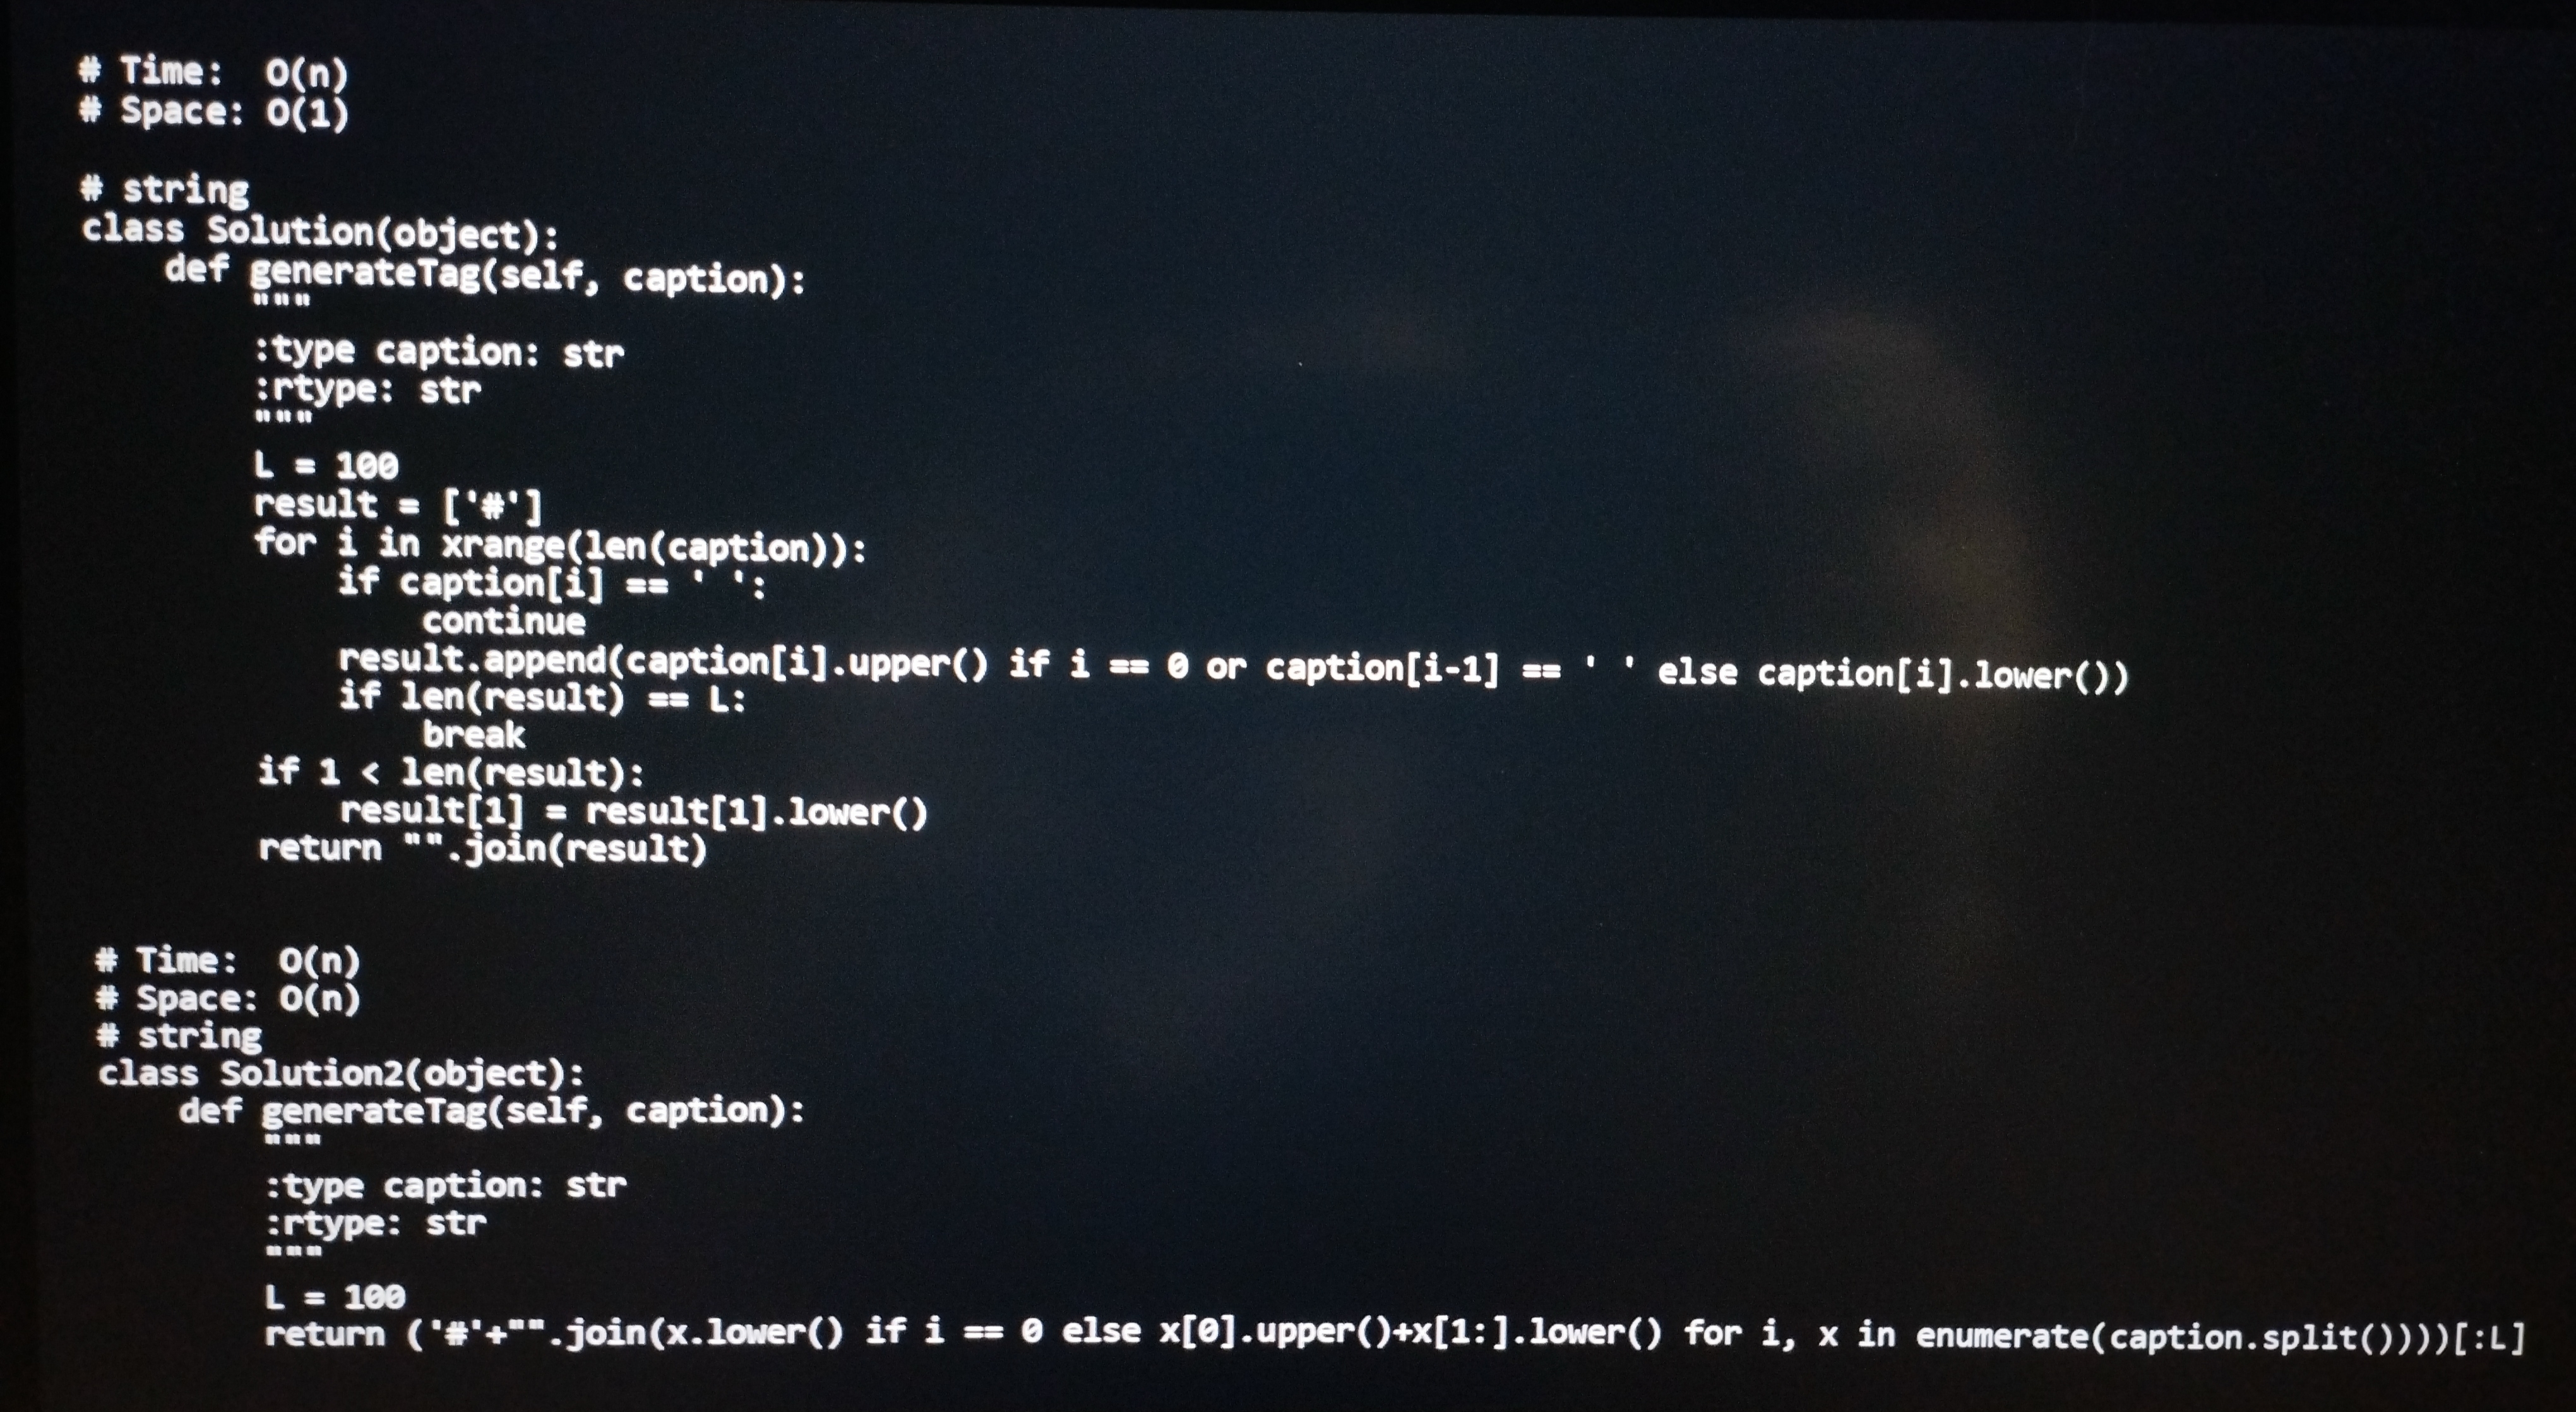
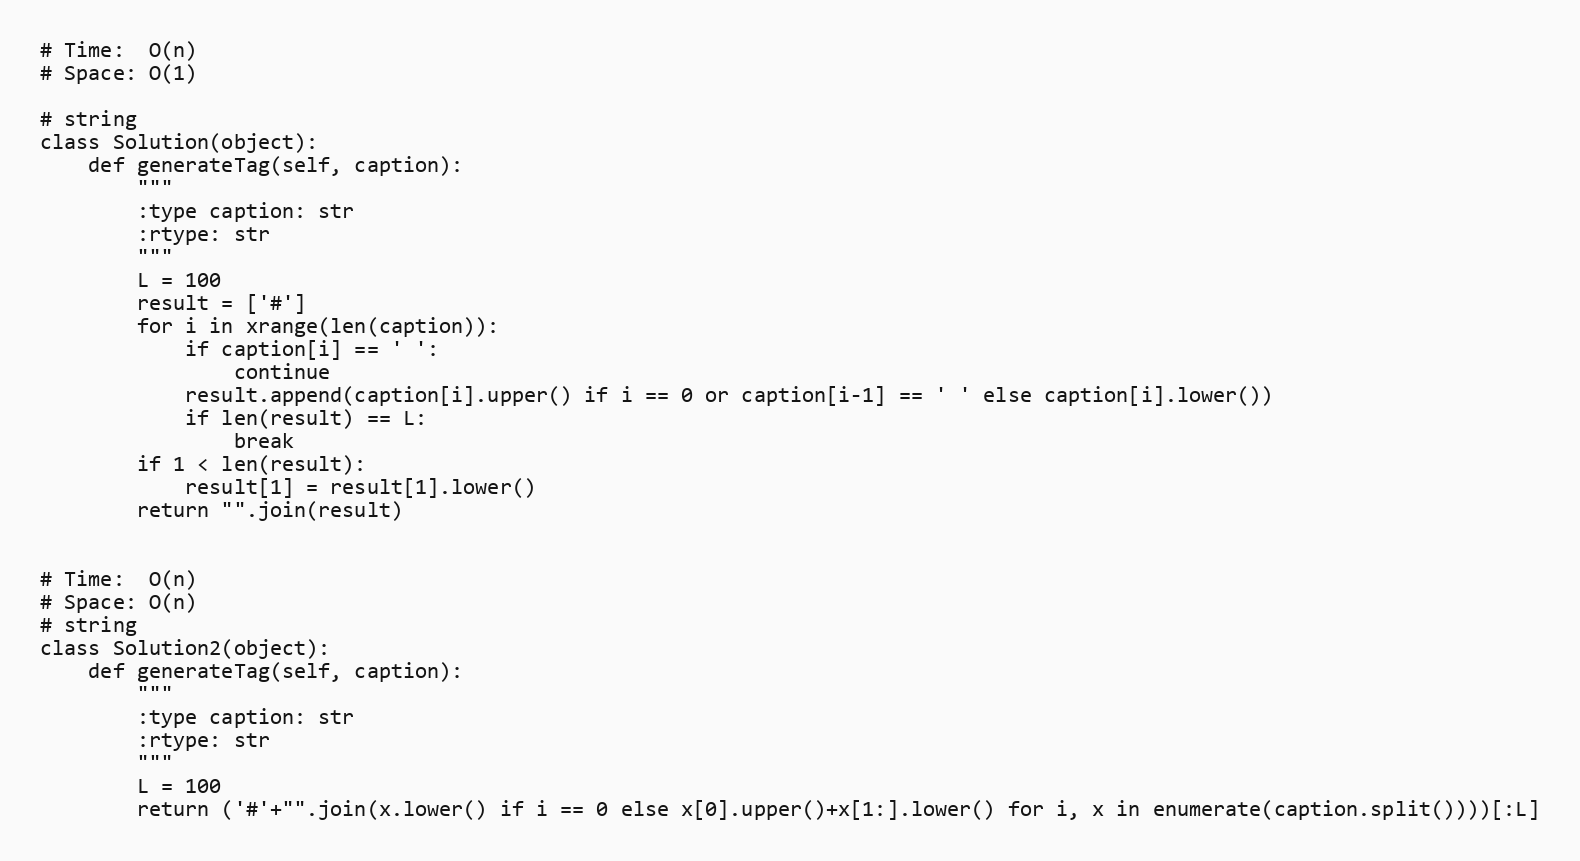
# Time:  O(n)
# Space: O(1)

# string
class Solution(object):
    def generateTag(self, caption):
        """
        :type caption: str
        :rtype: str
        """
        L = 100
        result = ['#']
        for i in xrange(len(caption)):
            if caption[i] == ' ':
                continue
            result.append(caption[i].upper() if i == 0 or caption[i-1] == ' ' else caption[i].lower())
            if len(result) == L:
                break
        if 1 < len(result):
            result[1] = result[1].lower()
        return "".join(result)

# Time:  O(n)
# Space: O(n)
# string
class Solution2(object):
    def generateTag(self, caption):
        """
        :type caption: str
        :rtype: str
        """
        L = 100
        return ('#'+"".join(x.lower() if i == 0 else x[0].upper()+x[1:].lower() for i, x in enumerate(caption.split())))[:L]